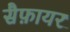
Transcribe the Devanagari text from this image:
सैफ़ायर